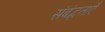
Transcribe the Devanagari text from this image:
संबंद्धताएँ